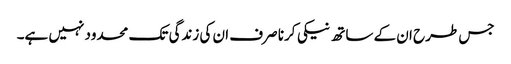
جس طرح ان کے ساتھ نیکی کرنا صرف ان کی زندگی تک محدود نہیں ہے۔